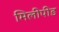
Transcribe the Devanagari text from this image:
मिलीपीड